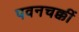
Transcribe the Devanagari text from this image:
पवनचक्कीं